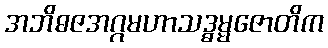
အဘိဓဇအဂ္ဂမဟာသဒ္ဓမ္မဇောတိက